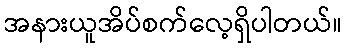
အနားယူအိပ်စက်လေ့ရှိပါတယ်။